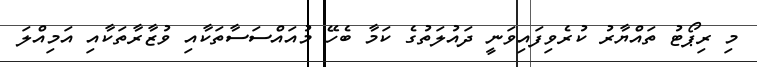
މި ރިޕޯޓު ތައްޔާރު ކުރެވިފައިވަނީ ދައުލަތުގެ ކަމާ ބެހޭ މުއައްސަސާތަކާއި ވުޒާރާތަކާއި އަމިއްލަ